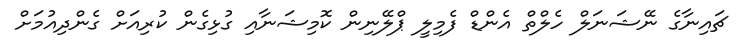
ޗައިނާގެ ނޭޝަނަލް ހެލްތް އެންޑް ފެމިލީ ޕްލޭނިން ކޮމިޝަނާއި ގުޅިގެން ކުރިއަށް ގެންދިއުމަށް